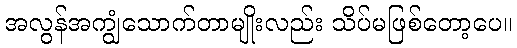
အလွန်အကျွံသောက်တာမျိုးလည်း သိပ်မဖြစ်တော့ပေ။